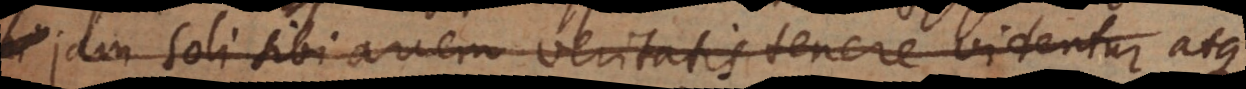
jam soli sibi arcem veritatis tenere videntur atque